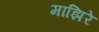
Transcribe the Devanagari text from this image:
माझिरे